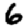
Digit: 6